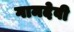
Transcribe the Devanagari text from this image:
गामदेवी